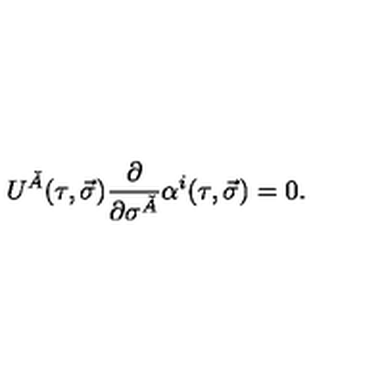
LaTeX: U ^ { \check { A } } ( \tau , \vec { \sigma } ) \frac { \partial } { \partial \sigma ^ { \check { A } } } \alpha ^ { i } ( \tau , \vec { \sigma } ) = 0 .